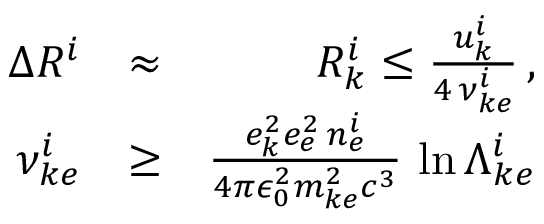
\begin{array} { r l r } { \Delta R ^ { i } } & { \approx } & { { \cal R } _ { k } ^ { i } \le \frac { u _ { k } ^ { i } } { 4 \, \nu _ { k e } ^ { i } } \, , } \\ { \nu _ { k e } ^ { i } } & { \ge } & { \frac { e _ { k } ^ { 2 } e _ { e } ^ { 2 } \, n _ { e } ^ { i } } { 4 \pi \epsilon _ { 0 } ^ { 2 } m _ { k e } ^ { 2 } c ^ { 3 } } \, \ln \Lambda _ { k e } ^ { i } } \end{array}